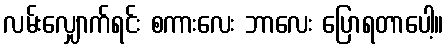
လမ်းလျှောက်ရင်း စကားလေး ဘာလေး ပြောရတာပေါ့။